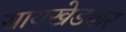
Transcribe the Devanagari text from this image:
सायखेडकर